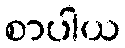
စာပါယ